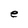
Character: e